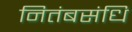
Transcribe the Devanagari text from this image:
नितंबसंधि